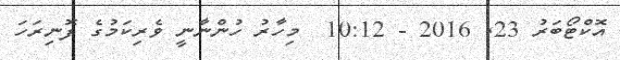
އޮކްޓޯބަރު 23